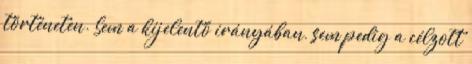
történeten. Sem a kijelentő irányában, sem pedig a célzott